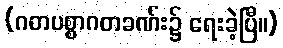
(ဂတပစ္စာဂတခဏ်း၌ ရေးခဲ့ပြီ။)